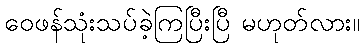
ဝေဖန်သုံးသပ်ခဲ့ကြပြီးပြီ မဟုတ်လား။